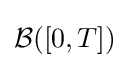
{\mathcal {B}}([0,T])